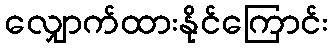
လျှောက်ထားနိုင်ကြောင်း